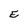
Character: E